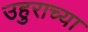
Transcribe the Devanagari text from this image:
उहुराच्या